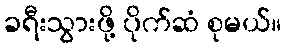
ခရီးသွားဖို့ ပိုက်ဆံ စုမယ်။